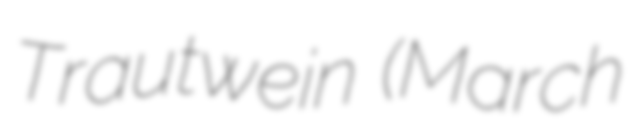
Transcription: Trautwein (March